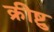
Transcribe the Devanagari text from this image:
क्रीष्टु